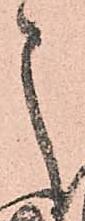
之